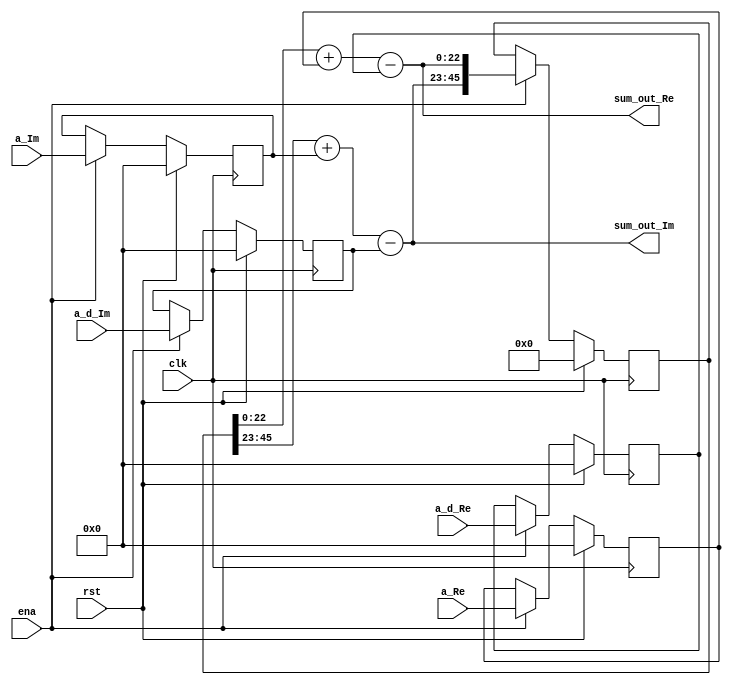
`timescale 1ns / 1ps
//////////////////////////////////////////////////////////////////////////////////
// Company: 
// Engineer: 
// 
// Design Name: 
// Module Name:    P_Acc_Sum 
// Project Name: 
// Target Devices: 
// Tool versions: 
// Description: 
//
// Dependencies: 
//
// Revision: 
// Revision 0.01 - File Created
// Additional Comments: 
//
//////////////////////////////////////////////////////////////////////////////////
module P_Acc_Sum #(parameter WIDTH = 23)(
	input 			clk,rst,
	input 			ena,
	input 			[15:0] a_Re, a_Im,
	input				[15:0] a_d_Re, a_d_Im,
	output signed  [WIDTH-1:0] sum_out_Im, sum_out_Re
   );
	
reg [15:0] ia_Re, ia_Im, ia_d_Re, ia_d_Im;
always @(posedge clk)
begin
	if (rst)			begin
		ia_Re 	<= 16'd0;
		ia_Im 	<= 16'd0;
		ia_d_Re	<= 16'd0;
		ia_d_Im	<= 16'd0;
		end
	else if(ena)	begin
		ia_Re 	<= a_Re;
		ia_Im 	<= a_Im;
		ia_d_Re 	<= a_d_Re;
		ia_d_Im 	<= a_d_Im;
		end
end

reg [2*WIDTH-1:0] sum_reg;
always @(posedge clk)
begin
	if (rst)			sum_reg <= {(2*WIDTH){1'b0}};
	else if(ena)	sum_reg <= {sum_out_Im, sum_out_Re};
end

assign sum_out_Re = $signed(sum_reg[WIDTH-1:0]) + $signed({{(WIDTH-16){ia_Re[15]}},ia_Re}) - $signed({{(WIDTH-16){ia_d_Re[15]}},ia_d_Re}); 
assign sum_out_Im = $signed(sum_reg[2*WIDTH-1:WIDTH]) + $signed({{(WIDTH-16){ia_Im[15]}},ia_Im}) - $signed({{(WIDTH-16){ia_d_Im[15]}},ia_d_Im}); 

endmodule